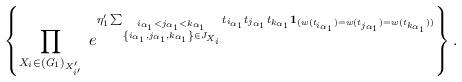
LaTeX: \begin{align*}\left\{\prod_{X_{i}\in ({\it G}_{1})_{X'_{i'}}}\;e^{\eta'_1\sum_{\stackrel{i_{\alpha_{1}}< j_{\alpha_{1}}< k_{\alpha_{1}}}{\left\{i_{\alpha_{1}},j_{\alpha_{1}},k_{\alpha_{1}}\right\}\in J_{X_{i}}}}t_{i_{\alpha_{1}}}t_{j_{\alpha_{1}}}t_{k_{\alpha_{1}}}{\bf 1}_{(w(t_{i_{\alpha_{1}}})=w(t_{j_{\alpha_{1}}})=w(t_{k_{\alpha_{1}}}))}}\right\}.\end{align*}